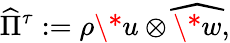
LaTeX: \widehat{\Pi}^{\tau}:=\rho\* u\otimes\widehat{\* w},